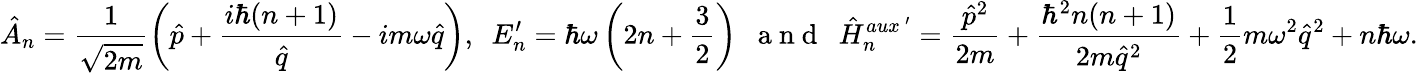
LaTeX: \hat{A}_{n}=\frac{1}{\sqrt{2m}}\left(\hat{p}+\frac{i\hbar(n+1)}{\hat{q}}-im\omega\hat{q}\right),~~E_{n}^{\prime}=\hbar\omega\left(2n+\frac{3}{2}\right)~~\mathrm{~a~n~d~}~~\hat{H}_{n}^{aux~^{\prime}}=\frac{\hat{p}^{2}}{2m}+\frac{\hbar^{2}n(n+1)}{2m\hat{q}^{2}}+\frac{1}{2}m\omega^{2}\hat{q}^{2}+n\hbar\omega.